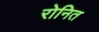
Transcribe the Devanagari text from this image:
रोनित